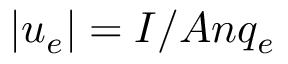
| u _ { e } | = I / A n q _ { e }